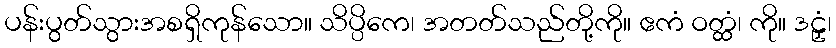
ပန်းပွတ်သွားအစရှိကုန်သော။ သိပ္ပိကေ၊ အတတ်သည်တို့ကို။ ဧကံ ဝတ္ထံ၊ ကို။ ဒဠှံ၊